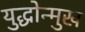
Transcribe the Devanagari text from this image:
युद्धोन्मुख